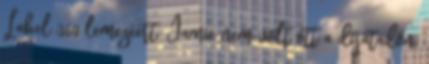
Label 360 lemezéért. Jamie nem volt ott a díjátadón,